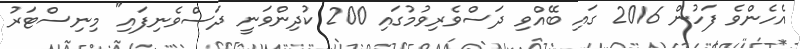
އެހެންވެ ފަހުން 2016 ގައި ބޭއްވި ދަސްވެރިވުމުގައި 200 ކުދިންވަނީ ދަސްވެނިފައި" މިނިސްޓަރު